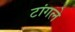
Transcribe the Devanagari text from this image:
टांगले